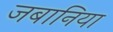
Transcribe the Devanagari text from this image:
जबानिया